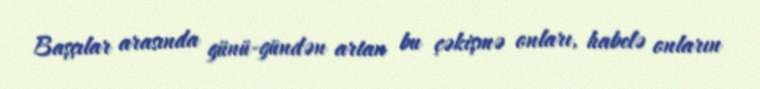
Başçılar arasında günü-gündən artan bu çəkişmə onları, habelə onların